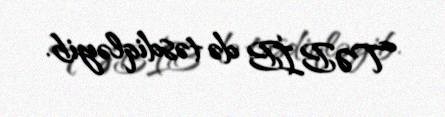
TƏBİB də təsdiqləyib.